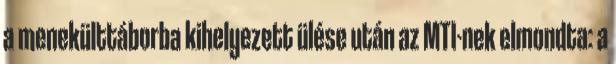
a menekülttáborba kihelyezett ülése után az MTI-nek elmondta: a